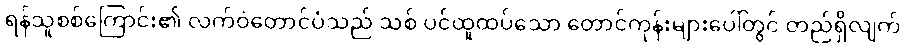
ရန်သူစစ်ကြောင်း၏ လက်ဝဲတောင်ပံသည် သစ် ပင်ထူထပ်သော တောင်ကုန်းများပေါ်တွင် တည်ရှိလျက်